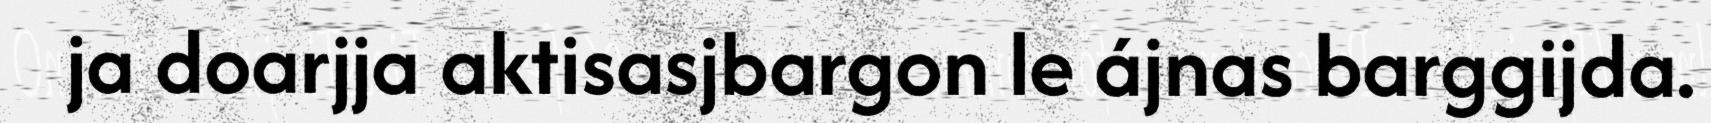
ja doarjja aktisasjbargon le ájnas barggijda.